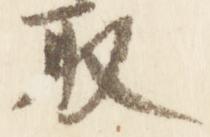
取